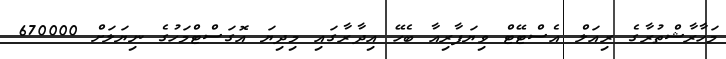
މަހާރާޝްތުރާގެ ރިއަލް އެސްޓޭޓް ވިޔަފާރިއާ ބެހޭ އިދާރާގައި މިދިޔަ އޮގަސްޓްމަހުގެ ނިޔަލަށް 670000